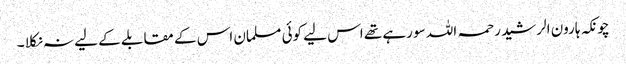
چونکہ ہارون الرشید رحمہ اللہ سو رہے تھے اس لیے کوئی مسلمان اس کے مقابلے کے لیے نہ نکلا ۔